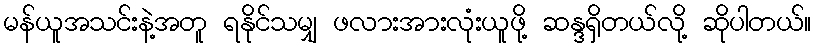
မန်ယူအသင်းနဲ့အတူ ရနိုင်သမျှ ဖလားအားလုံးယူဖို့ ဆန္ဒရှိတယ်လို့ ဆိုပါတယ်။